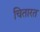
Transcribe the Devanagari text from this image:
चितारत